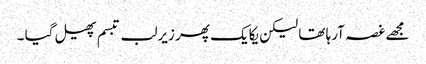
مجھے غصہ آرہا تھا لیکن یکایک پھر زیرلب تبسم پھیل گیا ۔